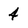
Character: 4